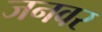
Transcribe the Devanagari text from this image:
जनवर